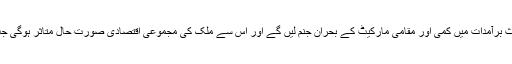
کراچی میں صنعتوں کی محدود ہوتی پیداوار کے باعث برآمدات میں کمی اور مقامی مارکیٹ کے بحران جنم لیں گے اور اس سے ملک کی مجموعی اقتصادی صورت حال متاثر ہوگی جب کہ غربت اور بے روزگاری میں بھی اضافہ ہوگا۔